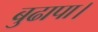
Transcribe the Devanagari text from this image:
बुढापा।